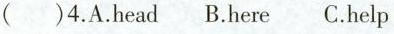
( )4. A. Head B. here C. help